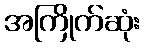
အကြိုက်ဆုံး